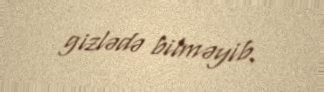
gizlədə bilməyib.